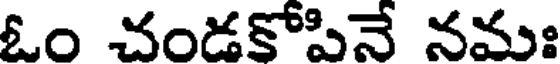
ఓం చండకోపినే నమః